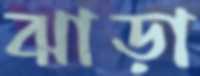
ঝাড়া